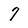
Character: 7